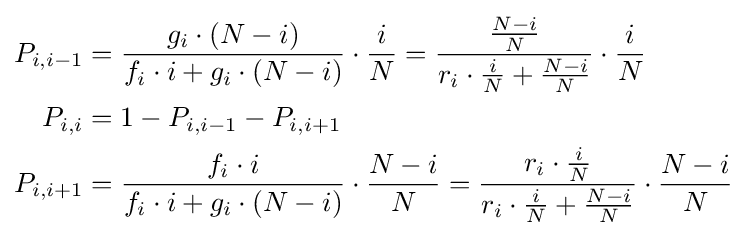
{\begin{aligned}P_{i,i-1}&={\frac {g_{i}\cdot (N-i)}{f_{i}\cdot i+g_{i}\cdot (N-i)}}\cdot {\frac {i}{N}}={\frac {\frac {N-i}{N}}{r_{i}\cdot {\frac {i}{N}}+{\frac {N-i}{N}}}}\cdot {\frac {i}{N}}\\P_{i,i}&=1-P_{i,i-1}-P_{i,i+1}\\P_{i,i+1}&={\frac {f_{i}\cdot i}{f_{i}\cdot i+g_{i}\cdot (N-i)}}\cdot {\frac {N-i}{N}}={\frac {r_{i}\cdot {\frac {i}{N}}}{r_{i}\cdot {\frac {i}{N}}+{\frac {N-i}{N}}}}\cdot {\frac {N-i}{N}}\\\end{aligned}}